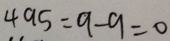
4 9 5 = 9 - 9 = 0